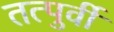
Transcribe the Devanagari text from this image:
तत्पुर्वी